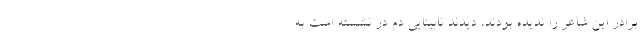
برادر این شاعر را ندیده بودند، دیدند نابینایی دم در نشسته است به